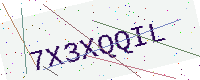
Text: 7X3XQQIL